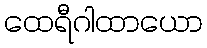
ထေရီဂါထာယော